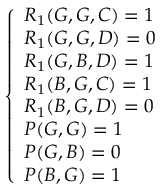
\begin{array} { r } { \left\{ \begin{array} { l l } { R _ { 1 } ( G , G , C ) = 1 } \\ { R _ { 1 } ( G , G , D ) = 0 } \\ { R _ { 1 } ( G , B , D ) = 1 } \\ { R _ { 1 } ( B , G , C ) = 1 } \\ { R _ { 1 } ( B , G , D ) = 0 } \\ { P ( G , G ) = 1 } \\ { P ( G , B ) = 0 } \\ { P ( B , G ) = 1 } \end{array} \right. } \end{array}